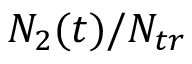
N _ { 2 } ( t ) / N _ { t r }